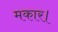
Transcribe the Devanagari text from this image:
मकार।